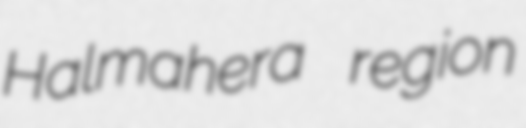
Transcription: Halmahera region